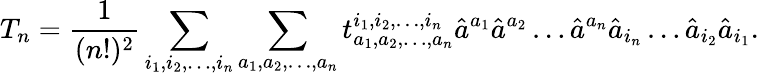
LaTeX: T_{n}={\frac{1}{(n!)^{2}}}\sum_{i_{1},i_{2},\ldots,i_{n}}\sum_{a_{1},a_{2},\ldots,a_{n}}t_{a_{1},a_{2},\ldots,a_{n}}^{i_{1},i_{2},\ldots,i_{n}}{\hat{a}}^{a_{1}}{\hat{a}}^{a_{2}}\ldots{\hat{a}}^{a_{n}}{\hat{a}}_{i_{n}}\ldots{\hat{a}}_{i_{2}}{\hat{a}}_{i_{1}}.